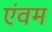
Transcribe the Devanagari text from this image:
एंवम